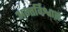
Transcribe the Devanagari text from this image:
अन्तर्विश्वास